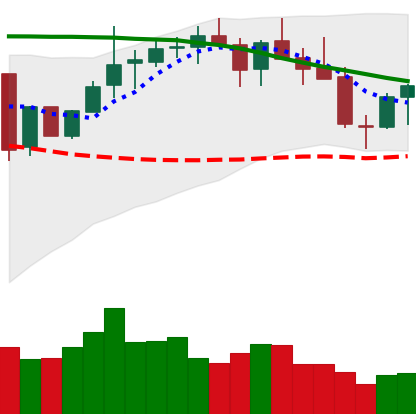
Ticker: LINK-USD
Chart end date: 2018-05-14
Forward return: -12.348%
Label: down_7plus